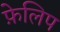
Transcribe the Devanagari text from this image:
फ़ेलिप